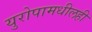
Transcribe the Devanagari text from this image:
युरोपामधीलही